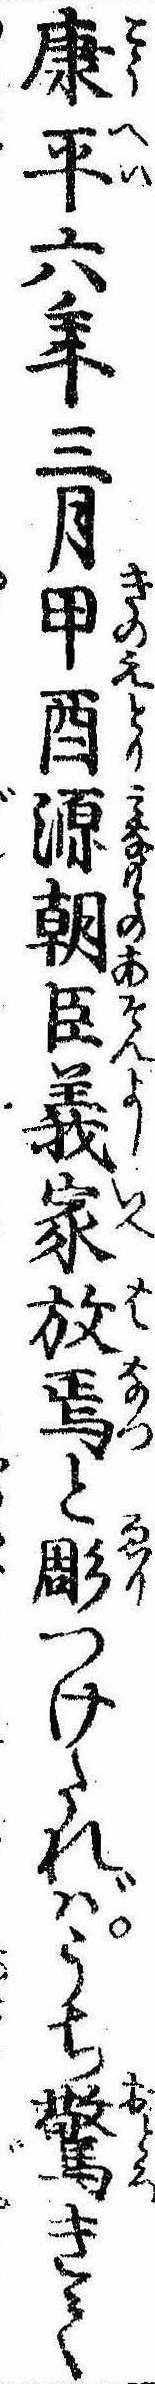
康平六年三月甲酉源朝臣義家放焉と彫つけたればうち驚きて